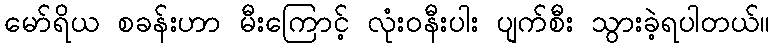
မော်ရိယ စခန်းဟာ မီးကြောင့် လုံးဝနီးပါး ပျက်စီး သွားခဲ့ရပါတယ်။